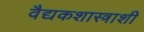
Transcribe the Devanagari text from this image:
वैद्यकशास्त्राशी